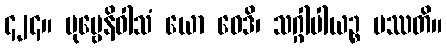
၄၂၄။ ပုဗ္ဗေနိဝါသံ ယော ဝေဒိ၊ သဂ္ဂါပါယဉ္စ ပဿတိ။